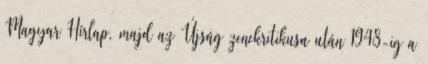
Magyar Hírlap, majd az Újság zenekritikusa után 1948-ig a